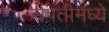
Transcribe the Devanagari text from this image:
संपतीमध्ये